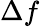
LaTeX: \Delta f